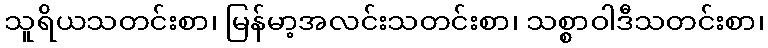
သူရိယသတင်းစာ၊ မြန်မာ့အလင်းသတင်းစာ၊ သစ္စာဝါဒီသတင်းစာ၊